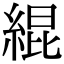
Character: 緄